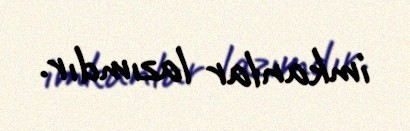
imkanlar lazımdır.